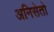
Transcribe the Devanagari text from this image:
अनिसेतो